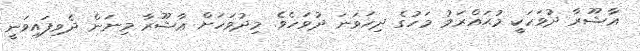
ޢާޝޫރާ ދުވަހަކީ މުޙައްރަމު މަހުގެ ދިހަވަނަ ދުވަހެވެ. މިދުވަހަށް ޢާޝޫރާ މިނަން ދެވިފައިވަނީ